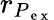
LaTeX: r_{P_{\mathrm{~e~x~}}}